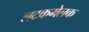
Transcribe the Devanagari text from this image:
लटकमेलक